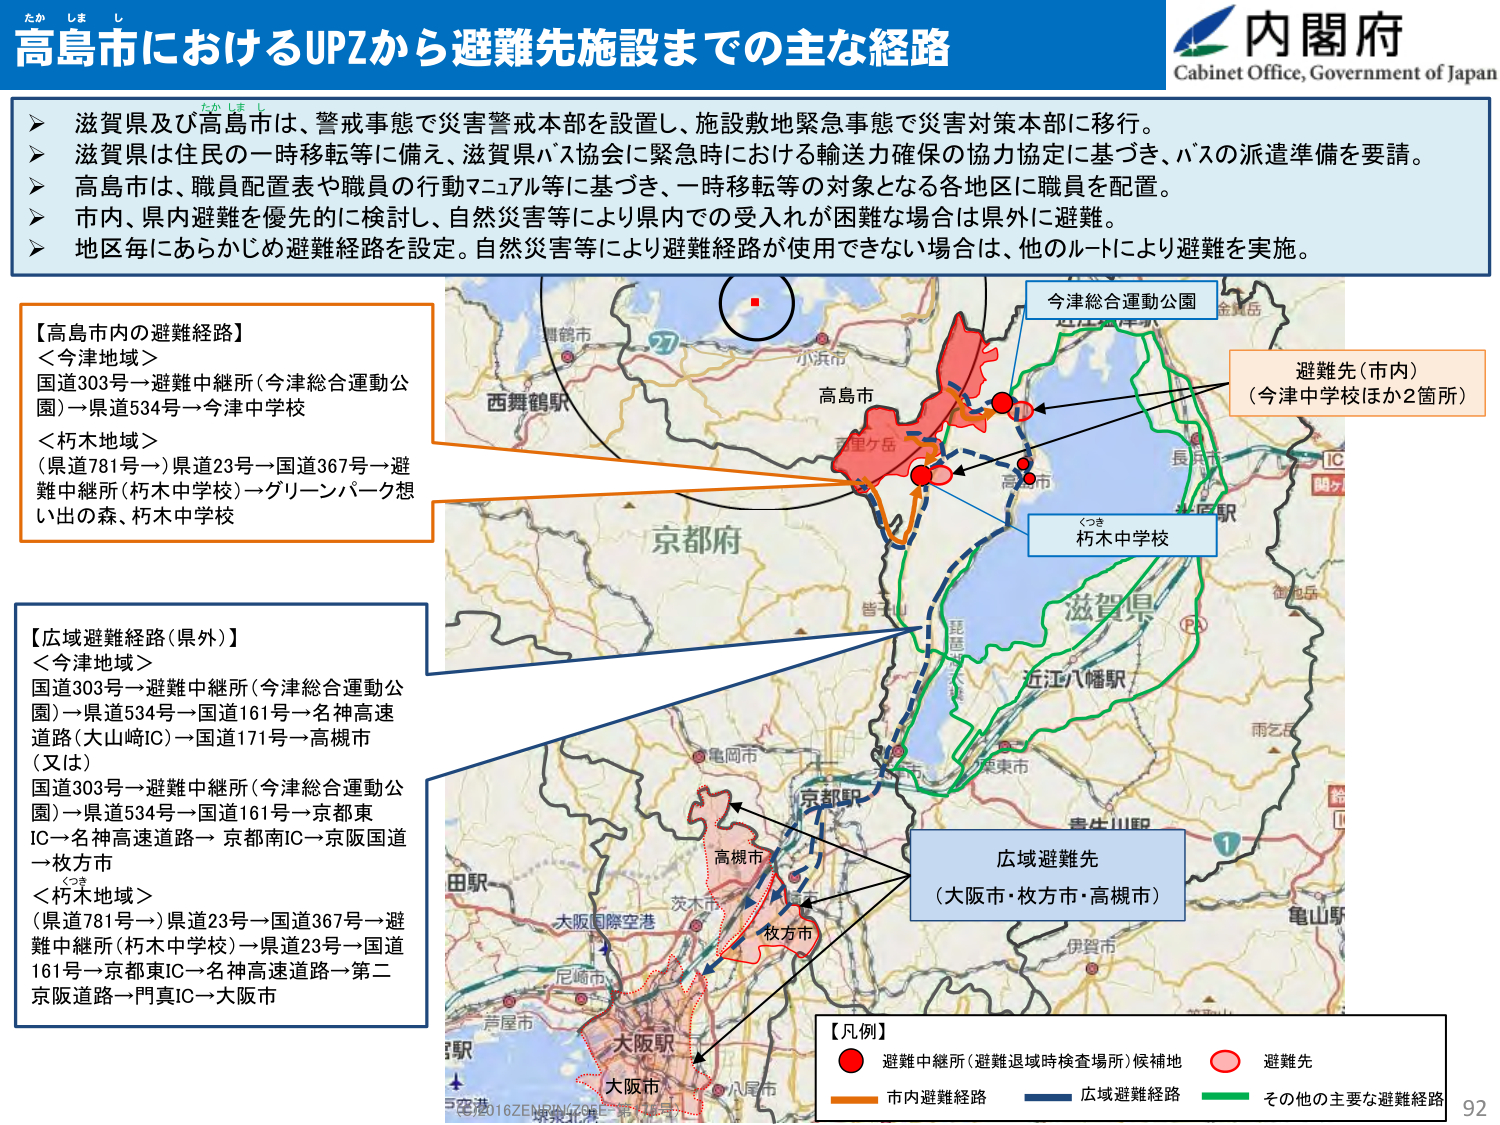
高島市におけるUPZから避難先施設までの主な経路
たかしまし

内閣府
Cabinet Office, Government of Japan

➤ 滋賀県及び高島市は、警戒事態で災害警戒本部を設置し、施設敷地緊急事態で災害対策本部に移行。
➤ 滋賀県は住民の一時移転等に備え、滋賀県バス協会に緊急時における輸送力確保の協力協定に基づき、バスの派遣準備を要請。
➤ 高島市は、職員配置表や職員の行動マニュアル等に基づき、一時移転等の対象となる各地区に職員を配置。
➤ 市内、県内避難を優先的に検討し、自然災害等により県内での受入れが困難な場合は県外に避難。
➤ 地区毎にあらかじめ避難経路を設定。自然災害等により避難経路が使用できない場合は、他のルートにより避難を実施。

【高島市内の避難経路】
＜今津地域＞
国道303号→避難中継所（今津総合運動公園）→県道534号→今津中学校
＜朽木地域＞
（県道781号→）県道23号→国道367号→避難中継所（朽木中学校）→グリーンパーク想い出の森、朽木中学校

【広域避難経路（県外）】
＜今津地域＞
国道303号→避難中継所（今津総合運動公園）→県道534号→国道161号→名神高速道路（大山崎IC）→国道171号→高槻市
（又は）
国道303号→避難中継所（今津総合運動公園）→県道534号→国道161号→京都東IC→名神高速道路→京都南IC→京阪国道→枚方市
＜朽木地域＞
（県道781号→）県道23号→国道367号→避難中継所（朽木中学校）→県道23号→国道161号→京都東IC→名神高速道路→第二京阪道路→門真IC→大阪市

今津総合運動公園
避難先（市内）
（今津中学校ほか2箇所）
くつき
朽木中学校
広域避難先
（大阪市・枚方市・高槻市）

【凡例】
● 避難中継所（避難退域時検査場所）候補地
○ 避難先
■ 市内避難経路
■ 広域避難経路
■ その他の主要な避難経路

西舞鶴駅
小浜市
高島市
百里ケ岳
高島市
長浜市
IC
関ヶ原駅
京都府
滋賀県
近江八幡駅
雨乞岳
亀岡市
京都市
高槻市
枚方市
大阪市
大阪国際空港
尼崎市
芦屋市
八尾市
伊賀市
亀山駅
青生川駅
田駅
（2016ZENRIN/70E 第1版）
92